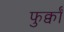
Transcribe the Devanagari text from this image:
फुर्क्वाँ